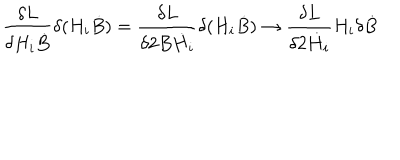
LaTeX: { \frac { \delta L } { \delta H _ { i } \dot { B } } } \delta ( H _ { i } \dot { B } ) = { \frac { \delta L } { \delta 2 B \dot { H } _ { i } } } \delta ( H _ { i } \dot { B } ) \to { \frac { \delta L } { \delta 2 \dot { H } _ { i } } } H _ { i } \delta \dot { B }